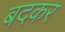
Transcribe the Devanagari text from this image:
बदकर